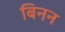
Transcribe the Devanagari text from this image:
बिनन